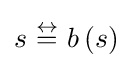
s~{\overset {\leftrightarrow }{=}}~b\left(s\right)